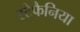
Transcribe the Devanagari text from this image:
स्टेफैनिया